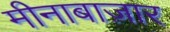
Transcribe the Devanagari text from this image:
मीनाबाज़ार